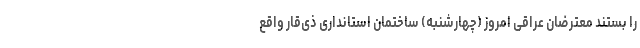
را بستند معترضان عراقی امروز (چهارشنبه) ساختمان استانداری ذی‌قار واقع